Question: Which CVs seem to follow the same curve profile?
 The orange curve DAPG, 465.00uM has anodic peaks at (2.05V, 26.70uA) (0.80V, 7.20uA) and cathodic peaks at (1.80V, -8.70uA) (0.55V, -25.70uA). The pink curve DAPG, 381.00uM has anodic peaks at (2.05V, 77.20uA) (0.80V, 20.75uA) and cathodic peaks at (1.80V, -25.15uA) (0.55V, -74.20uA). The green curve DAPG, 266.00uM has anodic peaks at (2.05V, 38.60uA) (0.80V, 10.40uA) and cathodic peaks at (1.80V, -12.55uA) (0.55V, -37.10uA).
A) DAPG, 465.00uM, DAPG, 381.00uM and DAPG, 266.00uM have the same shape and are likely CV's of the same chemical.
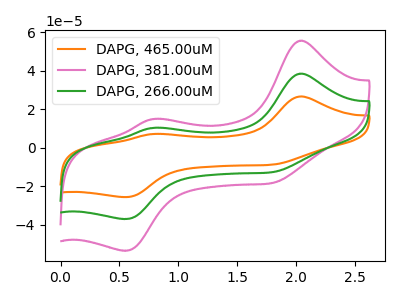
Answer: <think>All the peaks in "DAPG, 465.00uM" have a peak in "DAPG, 381.00uM" at the same potential. Every peak in "DAPG, 465.00uM" is lower than every peak in "DAPG, 381.00uM". All the peaks in "DAPG, 465.00uM" have a peak in "DAPG, 266.00uM" at the same potential. Every peak in "DAPG, 465.00uM" is lower than every peak in "DAPG, 266.00uM". All the peaks in "DAPG, 381.00uM" have a peak in "DAPG, 266.00uM" at the same potential. Every peak in "DAPG, 381.00uM" is higher than every peak in "DAPG, 266.00uM".
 </think>
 <answer>A) "DAPG, 465.00uM", "DAPG, 381.00uM" and "DAPG, 266.00uM" have the same shape and are likely CV's of the same chemical.</answer>
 <eval>A</eval>